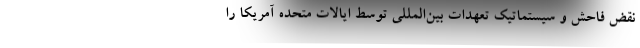
نقض فاحش و سیستماتیک تعهدات بین‌المللی توسط ایالات متحده آمریکا را